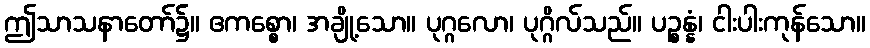
ဤသာသနာတော်၌။ ဧကစ္စော၊ အချို့သော။ ပုဂ္ဂလော၊ ပုဂ္ဂိလ်သည်။ ပဉ္စန္နံ၊ ငါးပါးကုန်သော။